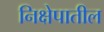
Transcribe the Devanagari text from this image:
निक्षेपातील